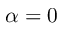
\alpha = 0